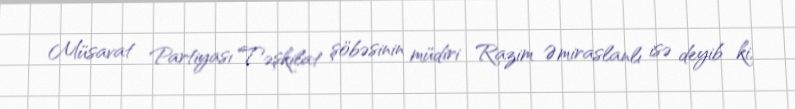
Müsavat Partiyası Təşkilat şöbəsinin müdiri Razim Əmiraslanlı isə deyib ki,